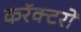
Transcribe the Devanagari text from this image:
करॅक्टरों